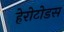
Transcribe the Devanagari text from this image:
हेरोटोडस